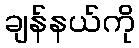
ချန်နယ်ကို